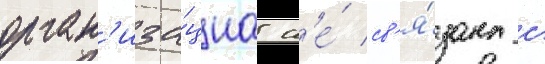
орган'иза́циа н'е́ св'я́зана с